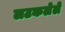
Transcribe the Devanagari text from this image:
लटकलेले